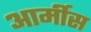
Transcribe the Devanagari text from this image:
आर्मीस